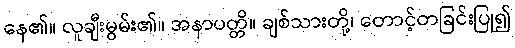
နေ၏။ လူချီးမွမ်း၏။ အနာပတ္တိ။ ချစ်သားတို့၊ တောင့်တခြင်းပြု၍